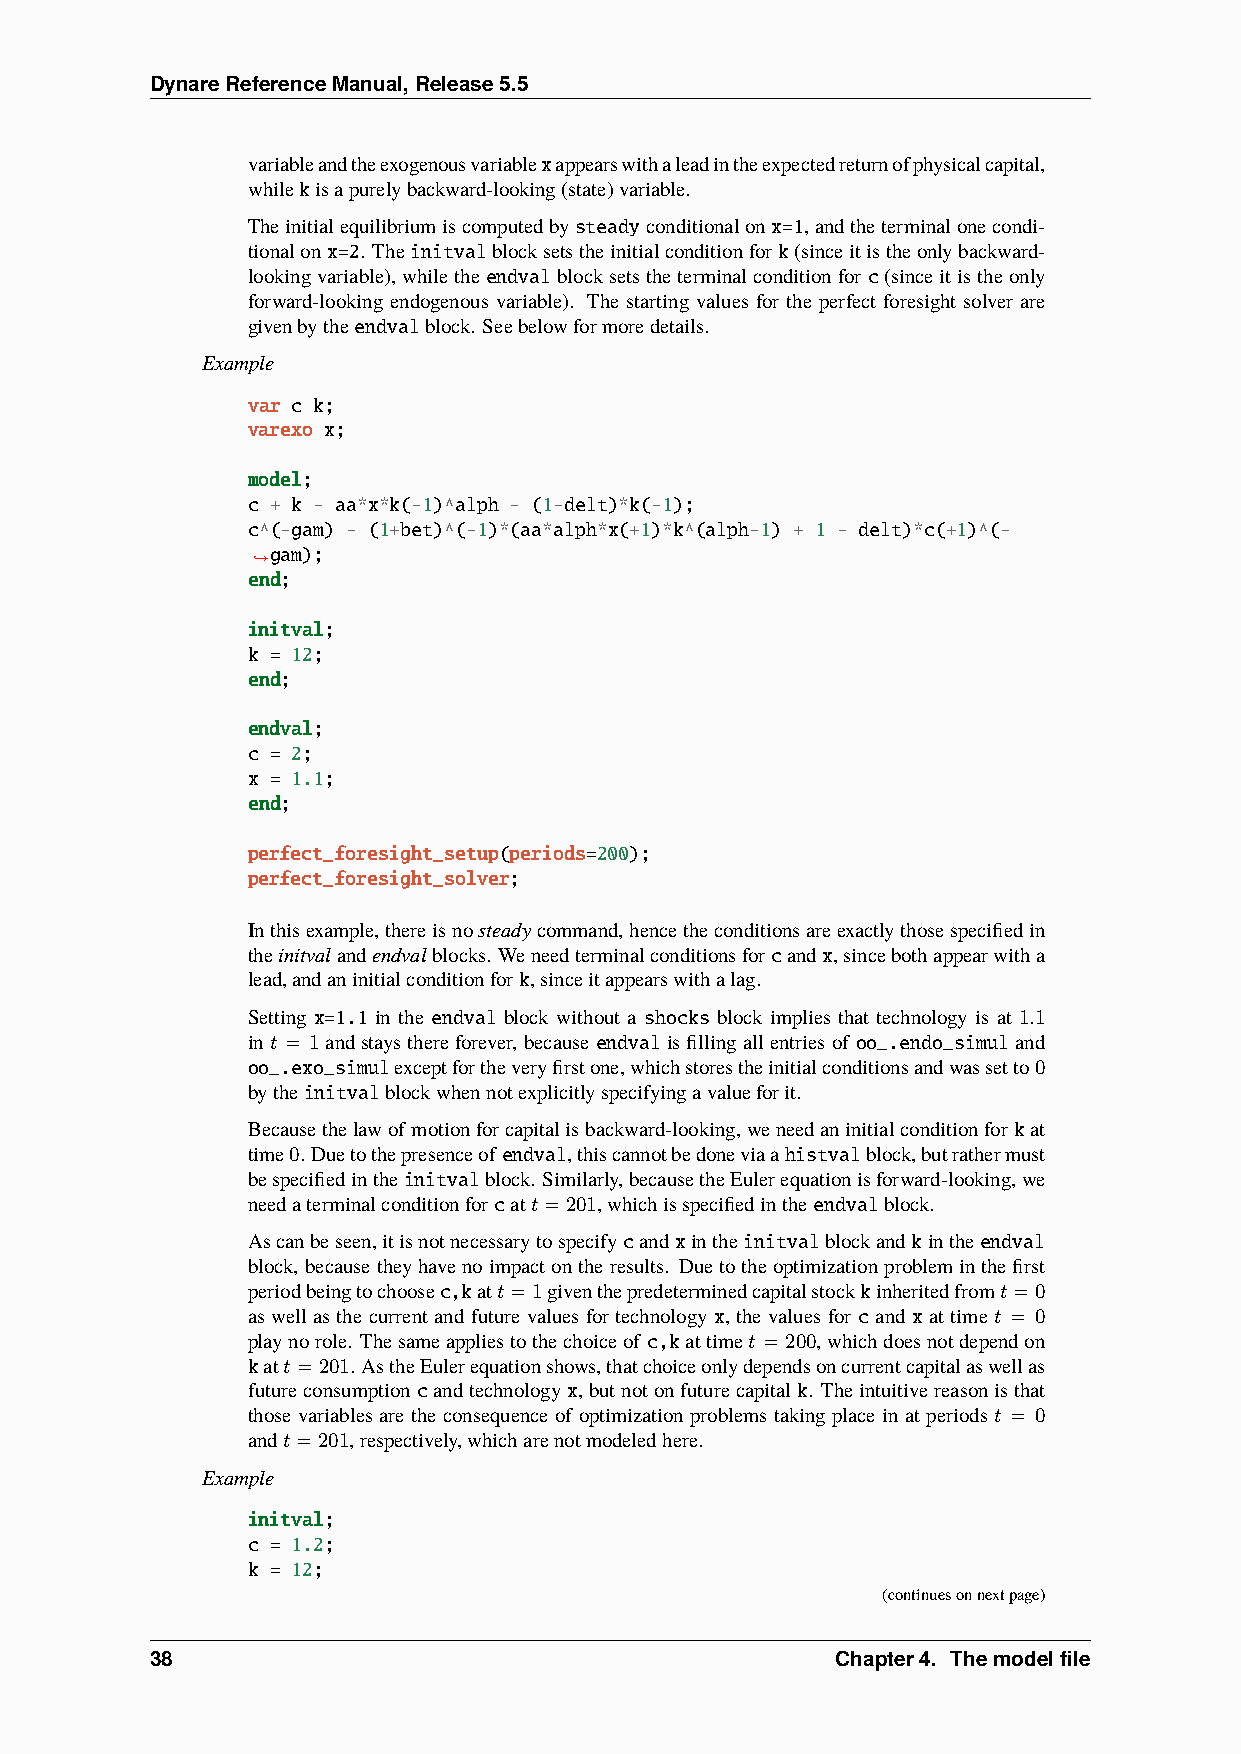
DynareReferenceManual,Release5.5
 variableandtheexogenousvariablexappearswithaleadintheexpectedreturnofphysicalcapital,
 whilekisapurelybackward-looking(state)variable.
 Theinitialequilibriumiscomputedbysteadyconditionalonx=1,andtheterminalonecondi-
 tionalonx=2. Theinitvalblocksetstheinitialconditionfork(sinceitistheonlybackward-
 lookingvariable),whiletheendvalblocksetstheterminalconditionfor c(sinceitistheonly
 forward-looking endogenous variable). The starting values for the perfect foresight solver are
 givenbytheendvalblock. Seebelowformoredetails.
 Example
 var c k;
 varexo x;
 model;
 c + k - aa*x*k(-1)^alph - (1-delt)*k(-1);
 c^(-gam) - (1+bet)^(-1)*(aa*alph*x(+1)*k^(alph-1) + 1 - delt)*c(+1)^(-
 gam);
 ˓→
 end;
 initval;
 k = 12;
 end;
 endval;
 c = 2;
 x = 1.1;
 end;
 perfect_foresight_setup(periods=200);
 perfect_foresight_solver;
 Inthisexample,thereisnosteadycommand,hencetheconditionsareexactlythosespecifiedin
 theinitvalandendvalblocks. Weneedterminalconditionsforcandx,sincebothappearwitha
 lead,andaninitialconditionfork,sinceitappearswithalag.
 Setting x=1.1 in the endval block without a shocks block implies that technology is at 1.1
 in𝑡 = 1andstaysthereforever, becauseendvalisfillingallentriesof oo_.endo_simuland
 oo_.exo_simulexceptfortheveryfirstone,whichstorestheinitialconditionsandwassetto0
 bytheinitvalblockwhennotexplicitlyspecifyingavalueforit.
 Becausethelawofmotionforcapitalisbackward-looking,weneedaninitialconditionfor kat
 time0. Duetothepresenceofendval,thiscannotbedoneviaahistvalblock,butrathermust
 bespecifiedintheinitvalblock. Similarly,becausetheEulerequationisforward-looking,we
 needaterminalconditionforcat𝑡=201,whichisspecifiedintheendvalblock.
 Ascanbeseen,itisnotnecessarytospecifycandxintheinitvalblockandkintheendval
 block, becausetheyhavenoimpactontheresults. Duetotheoptimizationprobleminthefirst
 periodbeingtochoosec,kat𝑡=1giventhepredeterminedcapitalstockkinheritedfrom𝑡=0
 as well as the current and future values for technology x, the values for c and x at time 𝑡 = 0
 playnorole. Thesameappliestothechoiceof c,kattime𝑡 = 200,whichdoesnotdependon
 kat𝑡=201. AstheEulerequationshows,thatchoiceonlydependsoncurrentcapitalaswellas
 futureconsumptioncandtechnologyx,butnotonfuturecapitalk. Theintuitivereasonisthat
 those variables are the consequence of optimization problems taking place in at periods 𝑡 = 0
 and𝑡=201,respectively,whicharenotmodeledhere.
 Example
 initval;
 c = 1.2;
 k = 12;
 (continuesonnextpage)
 38                                           Chapter4. Themodelfile